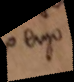
ergo